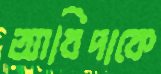
আবিদাকে